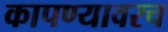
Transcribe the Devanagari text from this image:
कापण्यावरच